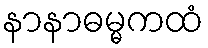
နာနာဓမ္မကထံ